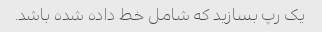
یک رپ بسازید که شامل خط داده شده باشد.